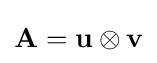
\mathbf {A} =\mathbf {u} \otimes \mathbf {v}